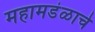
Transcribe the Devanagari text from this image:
महामडंळाचे